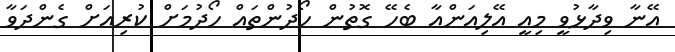
އޭނާ ވިދާޅުވީ މިއީ އޭލިއަންއާ ބެހޭ ގޮތުން ހޯދުންތައް ހޯދުމަށް ކުރިއަށް ގެންދަވާ